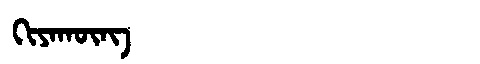
Manchu: ᡴᡳᠶᠠᡴᡡᠩ
Romanization: KIYAKŪNG